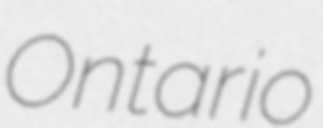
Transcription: Ontario